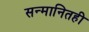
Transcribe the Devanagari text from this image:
सन्मानितही